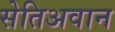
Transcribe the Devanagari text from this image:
सेतिअवान